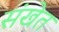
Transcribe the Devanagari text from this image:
संखेत